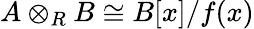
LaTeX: A\otimes_{R}B\cong B[x]/f(x)